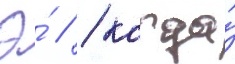
Э́ // / когда́